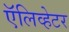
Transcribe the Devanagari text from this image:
ऍलिव्हेटर